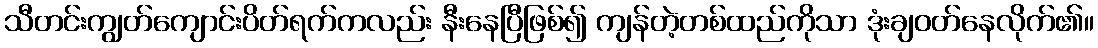
သီတင်းကျွတ်ကျောင်းပိတ်ရက်ကလည်း နီးနေပြီဖြစ်၍ ကျန်တဲ့တစ်ထည်ကိုသာ ဒုံးချဝတ်နေလိုက်၏။